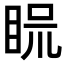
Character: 𥆰